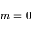
m = 0